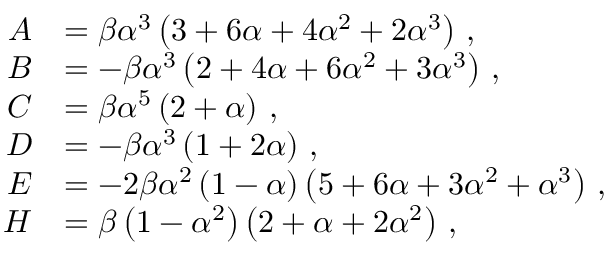
\begin{array} { r l } { A } & { = \beta \alpha ^ { 3 } \left( 3 + 6 \alpha + 4 \alpha ^ { 2 } + 2 \alpha ^ { 3 } \right) \, , } \\ { B } & { = - \beta \alpha ^ { 3 } \left( 2 + 4 \alpha + 6 \alpha ^ { 2 } + 3 \alpha ^ { 3 } \right) \, , } \\ { C } & { = \beta \alpha ^ { 5 } \left( 2 + \alpha \right) \, , } \\ { D } & { = - \beta \alpha ^ { 3 } \left( 1 + 2 \alpha \right) \, , } \\ { E } & { = - 2 \beta \alpha ^ { 2 } \left( 1 - \alpha \right) \left( 5 + 6 \alpha + 3 \alpha ^ { 2 } + \alpha ^ { 3 } \right) \, , } \\ { H } & { = \beta \left( 1 - \alpha ^ { 2 } \right) \left( 2 + \alpha + 2 \alpha ^ { 2 } \right) \, , } \end{array}